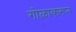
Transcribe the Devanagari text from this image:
गोळाकरून